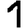
Digit: 1